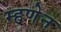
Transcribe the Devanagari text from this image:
म्हणेन